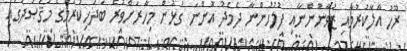
ރޫހު އާލާކުރުމާއި ޒުވާނުންނާއި ފުލުހުންނާ ދެމެދު އޮންނަ ގުޅުން މިހާރަށްވުރެ ބަދަހިކުރުމުގެ މަޤުޞަދުގައި